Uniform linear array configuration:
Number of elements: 8
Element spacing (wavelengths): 0.5
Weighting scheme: kaiser
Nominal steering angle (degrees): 15
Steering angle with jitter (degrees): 15.276
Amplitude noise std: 0.05
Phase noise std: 0.05

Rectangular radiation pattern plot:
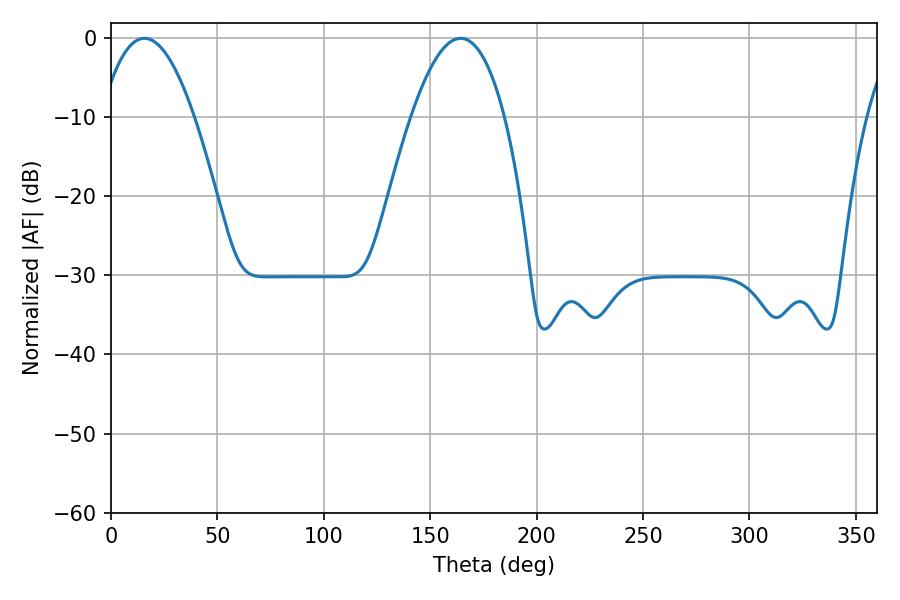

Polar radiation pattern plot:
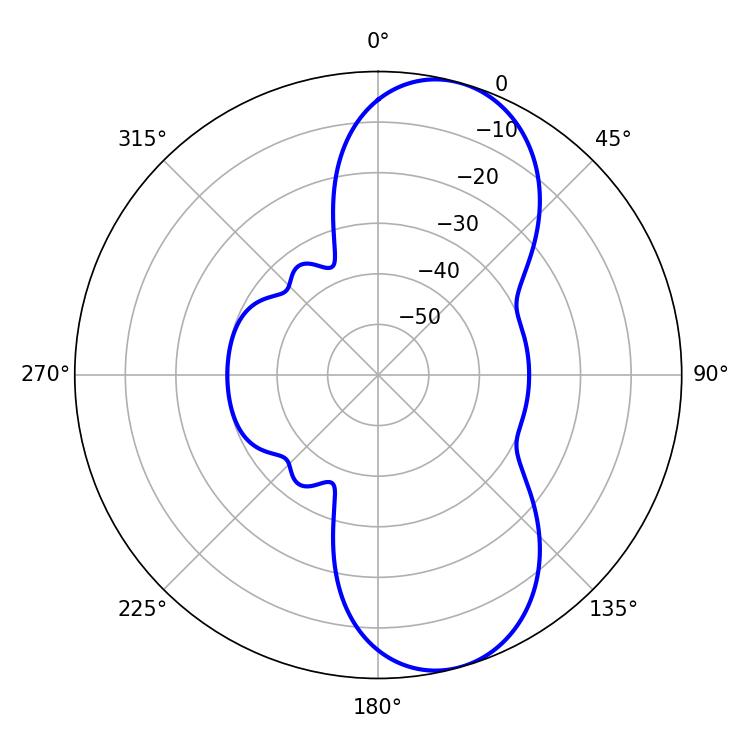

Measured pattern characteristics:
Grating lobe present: FALSE
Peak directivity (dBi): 8.951
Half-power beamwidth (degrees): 24.12
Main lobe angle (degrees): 15.66